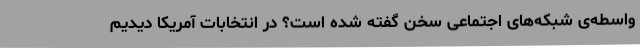
واسطه‌ی شبکه‌های اجتماعی سخن گفته شده است؟ در انتخابات آمریکا دیدیم